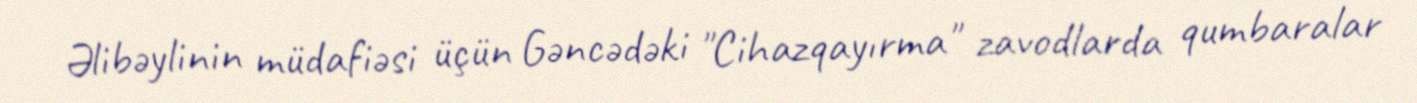
Əlibəylinin müdafiəsi üçün Gəncədəki "Cihazqayırma" zavodlarda qumbaralar